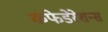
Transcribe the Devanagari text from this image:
कंफेडेरेशन्स